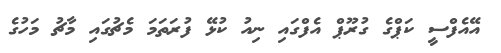
އޭއެފްސީ ކަޕްގެ ގުރޫޕް އެފްގައި ނިއު ކުޅޭ ފުރަތަމަ މެޗުގައި މާޗު މަހުގެ